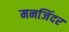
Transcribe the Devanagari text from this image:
मनजिंदर